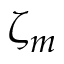
\zeta _ { m }